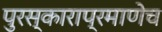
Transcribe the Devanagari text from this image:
पुरस्काराप्रमाणेच